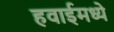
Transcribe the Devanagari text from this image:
हवाईमध्ये